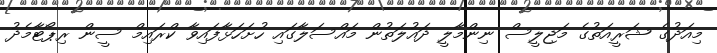
މިއަދުގެ ޝަރީއަތުގެ މަޖިލީސް ނިންމާލީ ދައުލަތުން މައްސަލާގައި ހުށަހަޅާފައިވާ ކްރައިމް ސީން ރިޕޯޓާމެދު